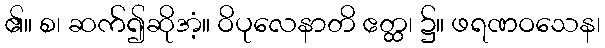
၏။ စ၊ ဆက်၍ဆိုအံ့။ ဝိပုလေနာတိ ဧတ္ထ၊ ၌။ ဖရဏဝသေန၊